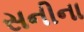
સનીના